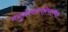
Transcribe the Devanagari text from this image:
मनुर्धन्वन्तरिस्तथा